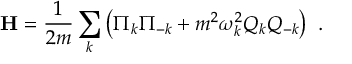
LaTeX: \mathbf { H } = { \frac { 1 } { 2 m } } \sum _ { k } \left( { \Pi _ { k } \Pi _ { - k } } + m ^ { 2 } \omega _ { k } ^ { 2 } Q _ { k } Q _ { - k } \right) ~ .